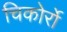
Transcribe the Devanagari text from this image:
चिकोर्रो